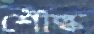
শৌল্ক